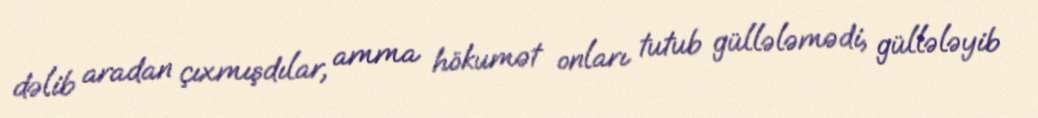
dəlib aradan çıxmışdılar, amma hökumət onları tutub güllələmədi, güllələyib